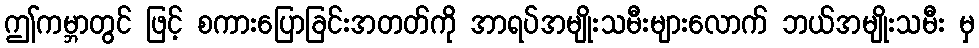
ဤကမ္ဘာတွင် ဖြင့် စကားပြောခြင်းအတတ်ကို အာရပ်အမျိုးသမီးများလောက် ဘယ်အမျိုးသမီး မှ